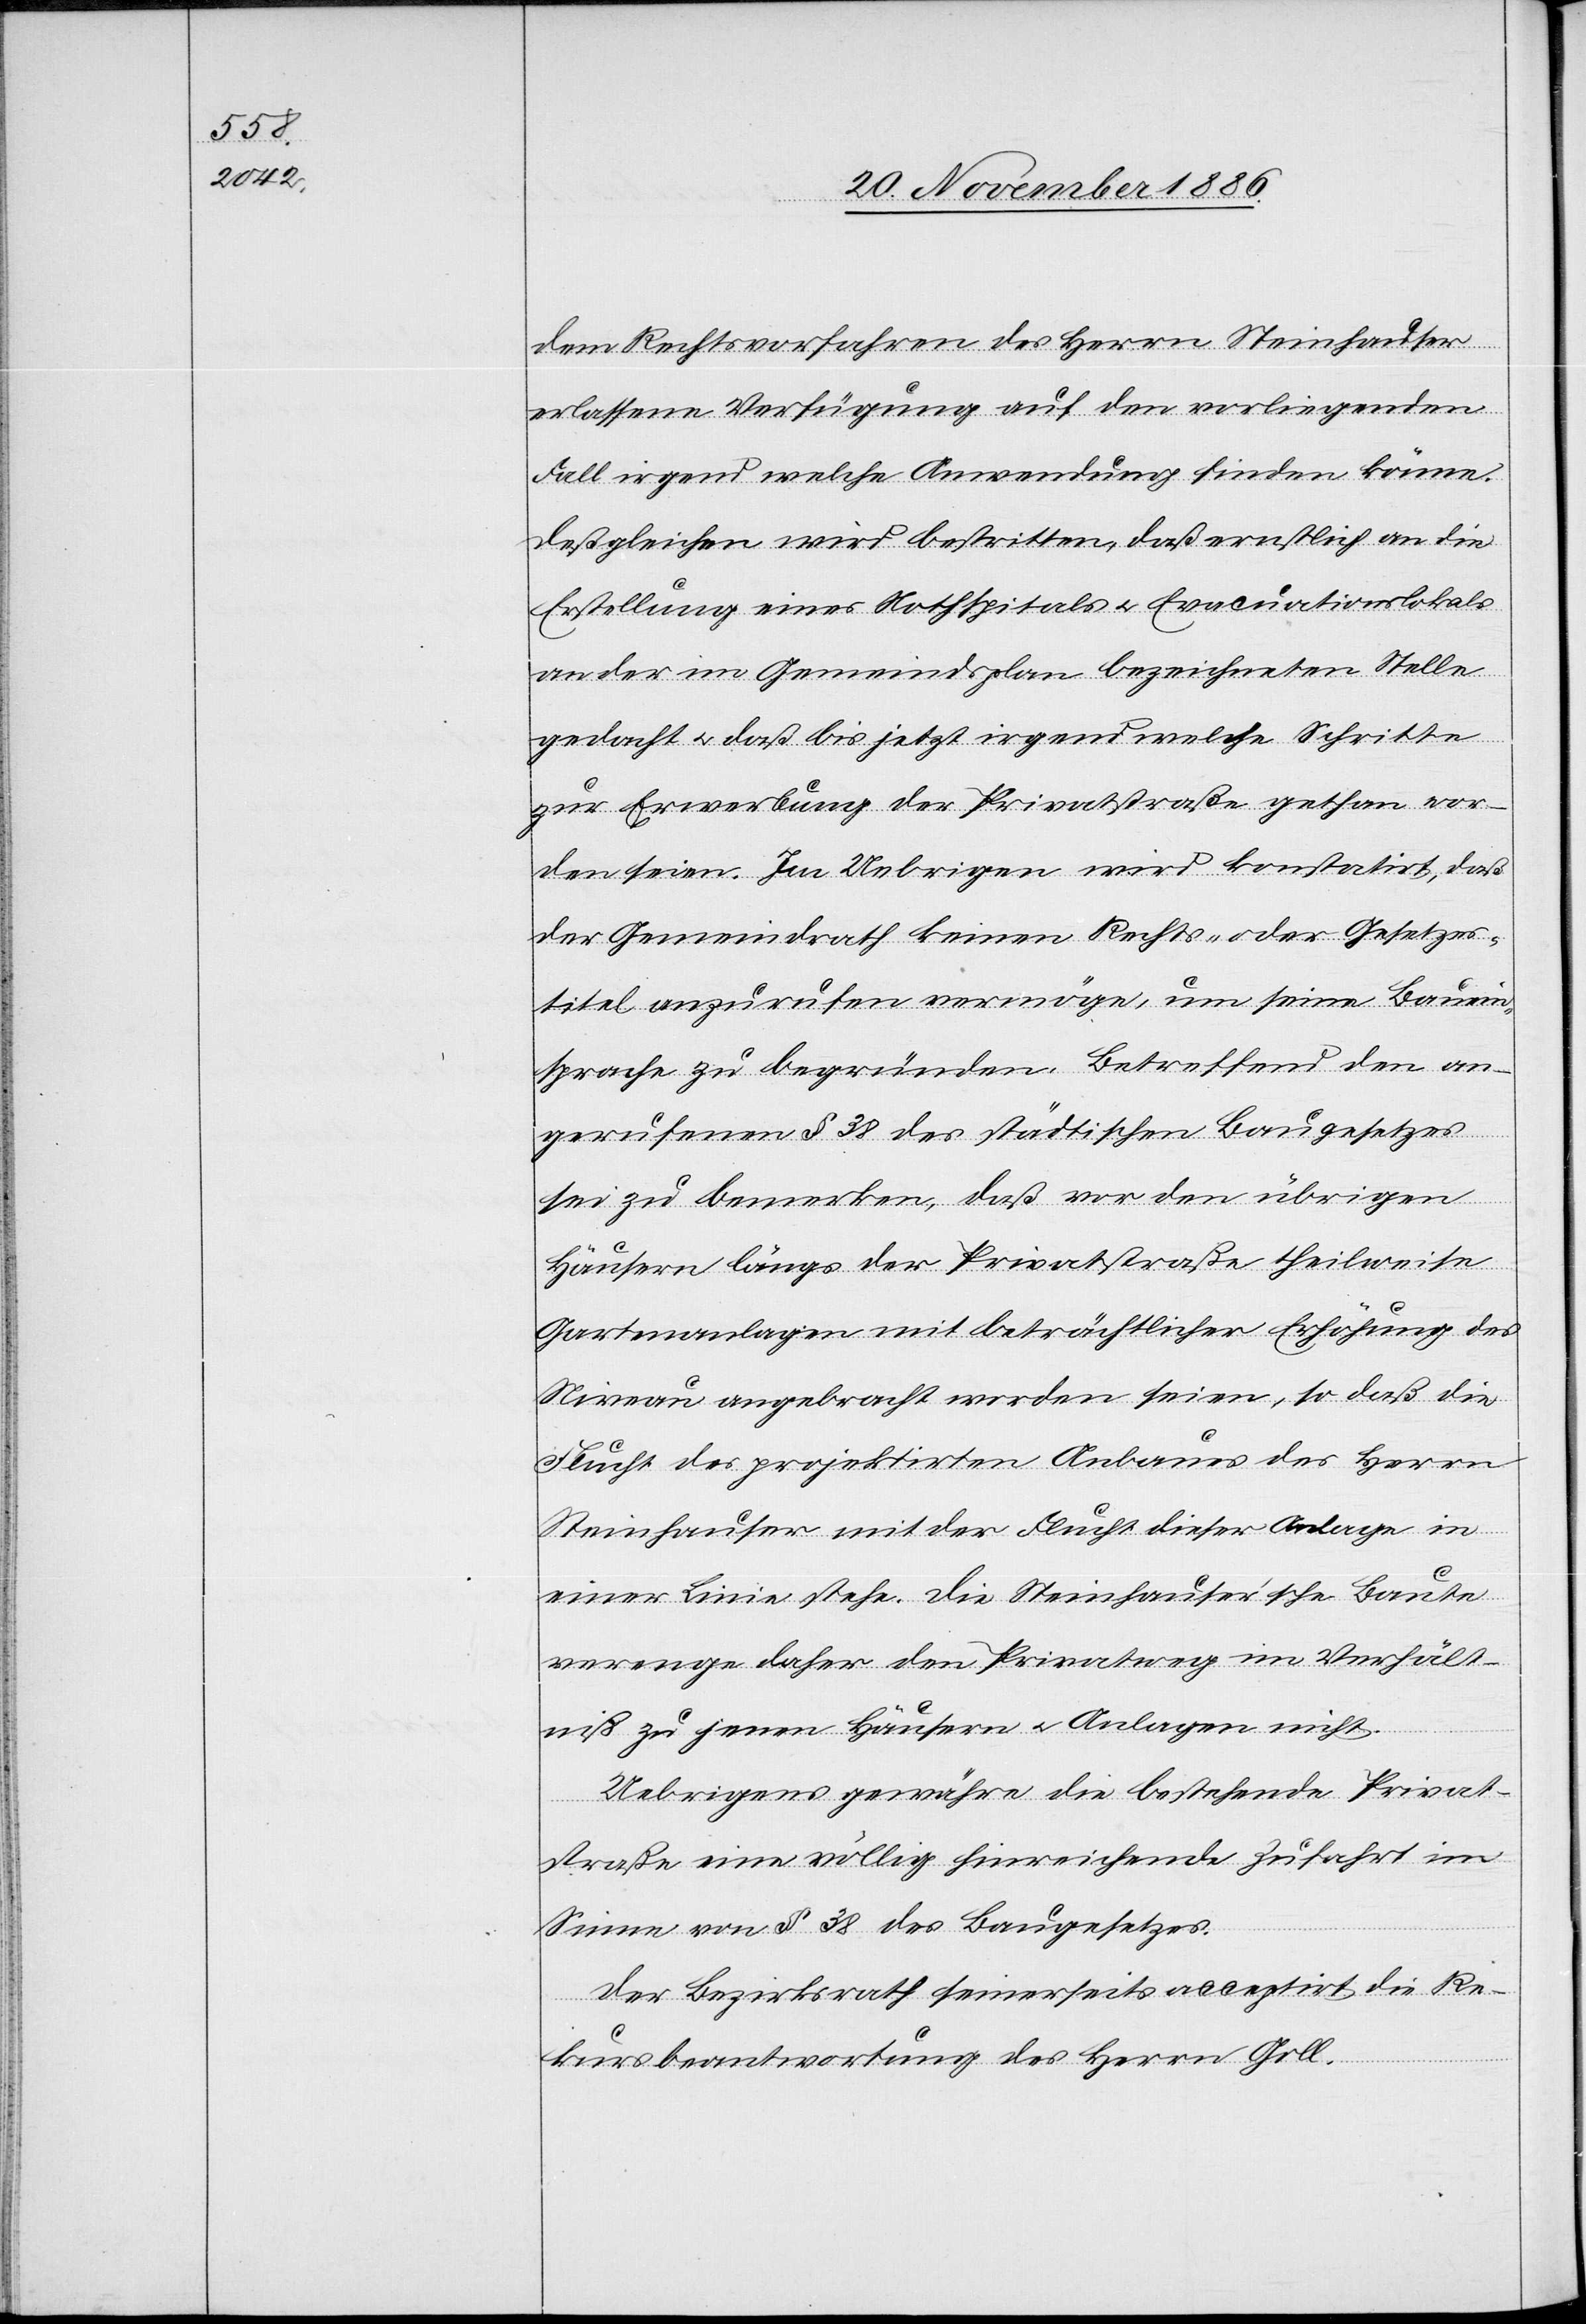
dem Rechtsvorfahren des Herrn Steinhauser
erlassene Verfügung auf den vorliegenden
Fall irgend welche Anwendung finden könne.
Deßgleichen wird bestritten, daß ernstlich an die
Erstellung eines Nothspitals & Evacuationslokals
an der im Gemeindsplan bezeichneten Stelle
gedacht & das bis jetzt irgend welche Schritte
zur Erwerbung der Privatstraße gethan wor¬
den seien. Im Uebrigen wird konstatirt, daß
der Gemeindrath keinen Rechts- oder Gesetzes¬
titel anzurufen vermögen, um seine Bauein¬
sprache zu begründen. Betreffend den an¬
gerufenen § 38 des städtischen Baugesetzes
sei zu bemerken, daß vor den übrigen
Häusern längs der Privatstraße theilweise
Gartenanlagen mit beträchtlicher Erhöhung des
Niveau angebracht worden seien, so daß die
Flucht des projektirten Anbaues des Herrn
Steinhauser mit der Flucht dieser Anlage in
einer Linie stehe. Die Steinhauser’sche Baute
verenge daher den Privatweg im Verhält¬
niß zu jenen Häusern & Anlagen nicht.
Uebrigens gewähre die bestehende Privat¬
straße eine völlig hinreichende Zufahrt im
Sinne von § 38 des Baugesetzes.
Der Bezirksrath seinerseits acceptirt die Re¬
kursbeantwortung des Herrn Goll.